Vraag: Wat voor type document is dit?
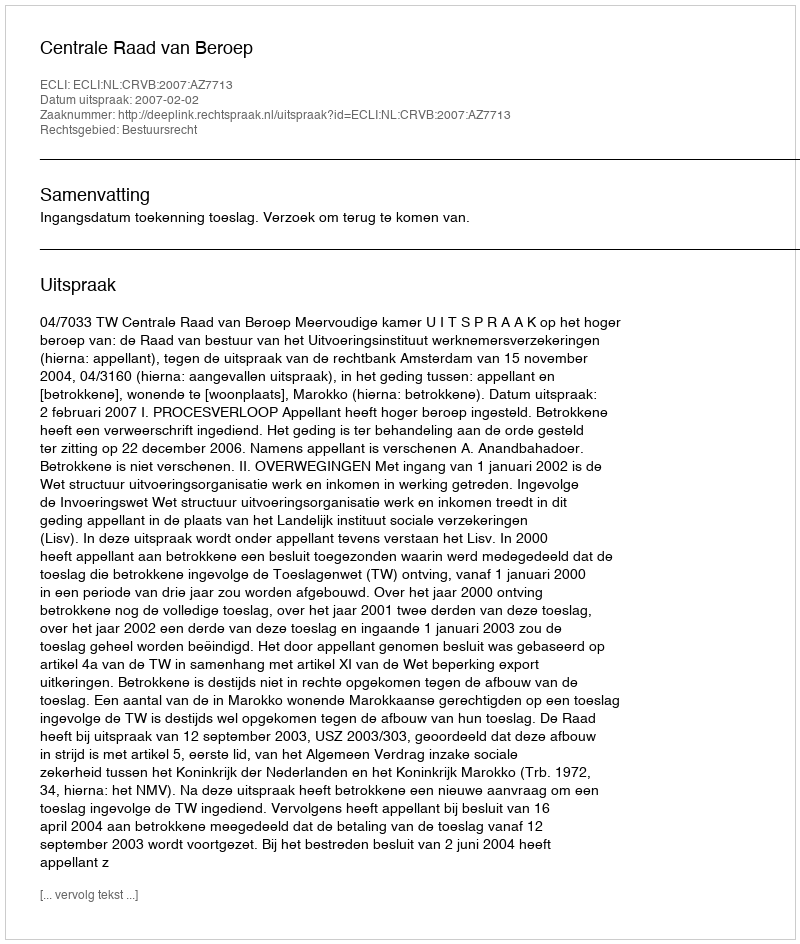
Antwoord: Uitspraak